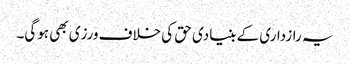
یہ رازداری کے بنیادی حق کی خلاف ورزی بھی ہوگی۔